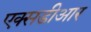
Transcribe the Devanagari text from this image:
एक्सडीआर